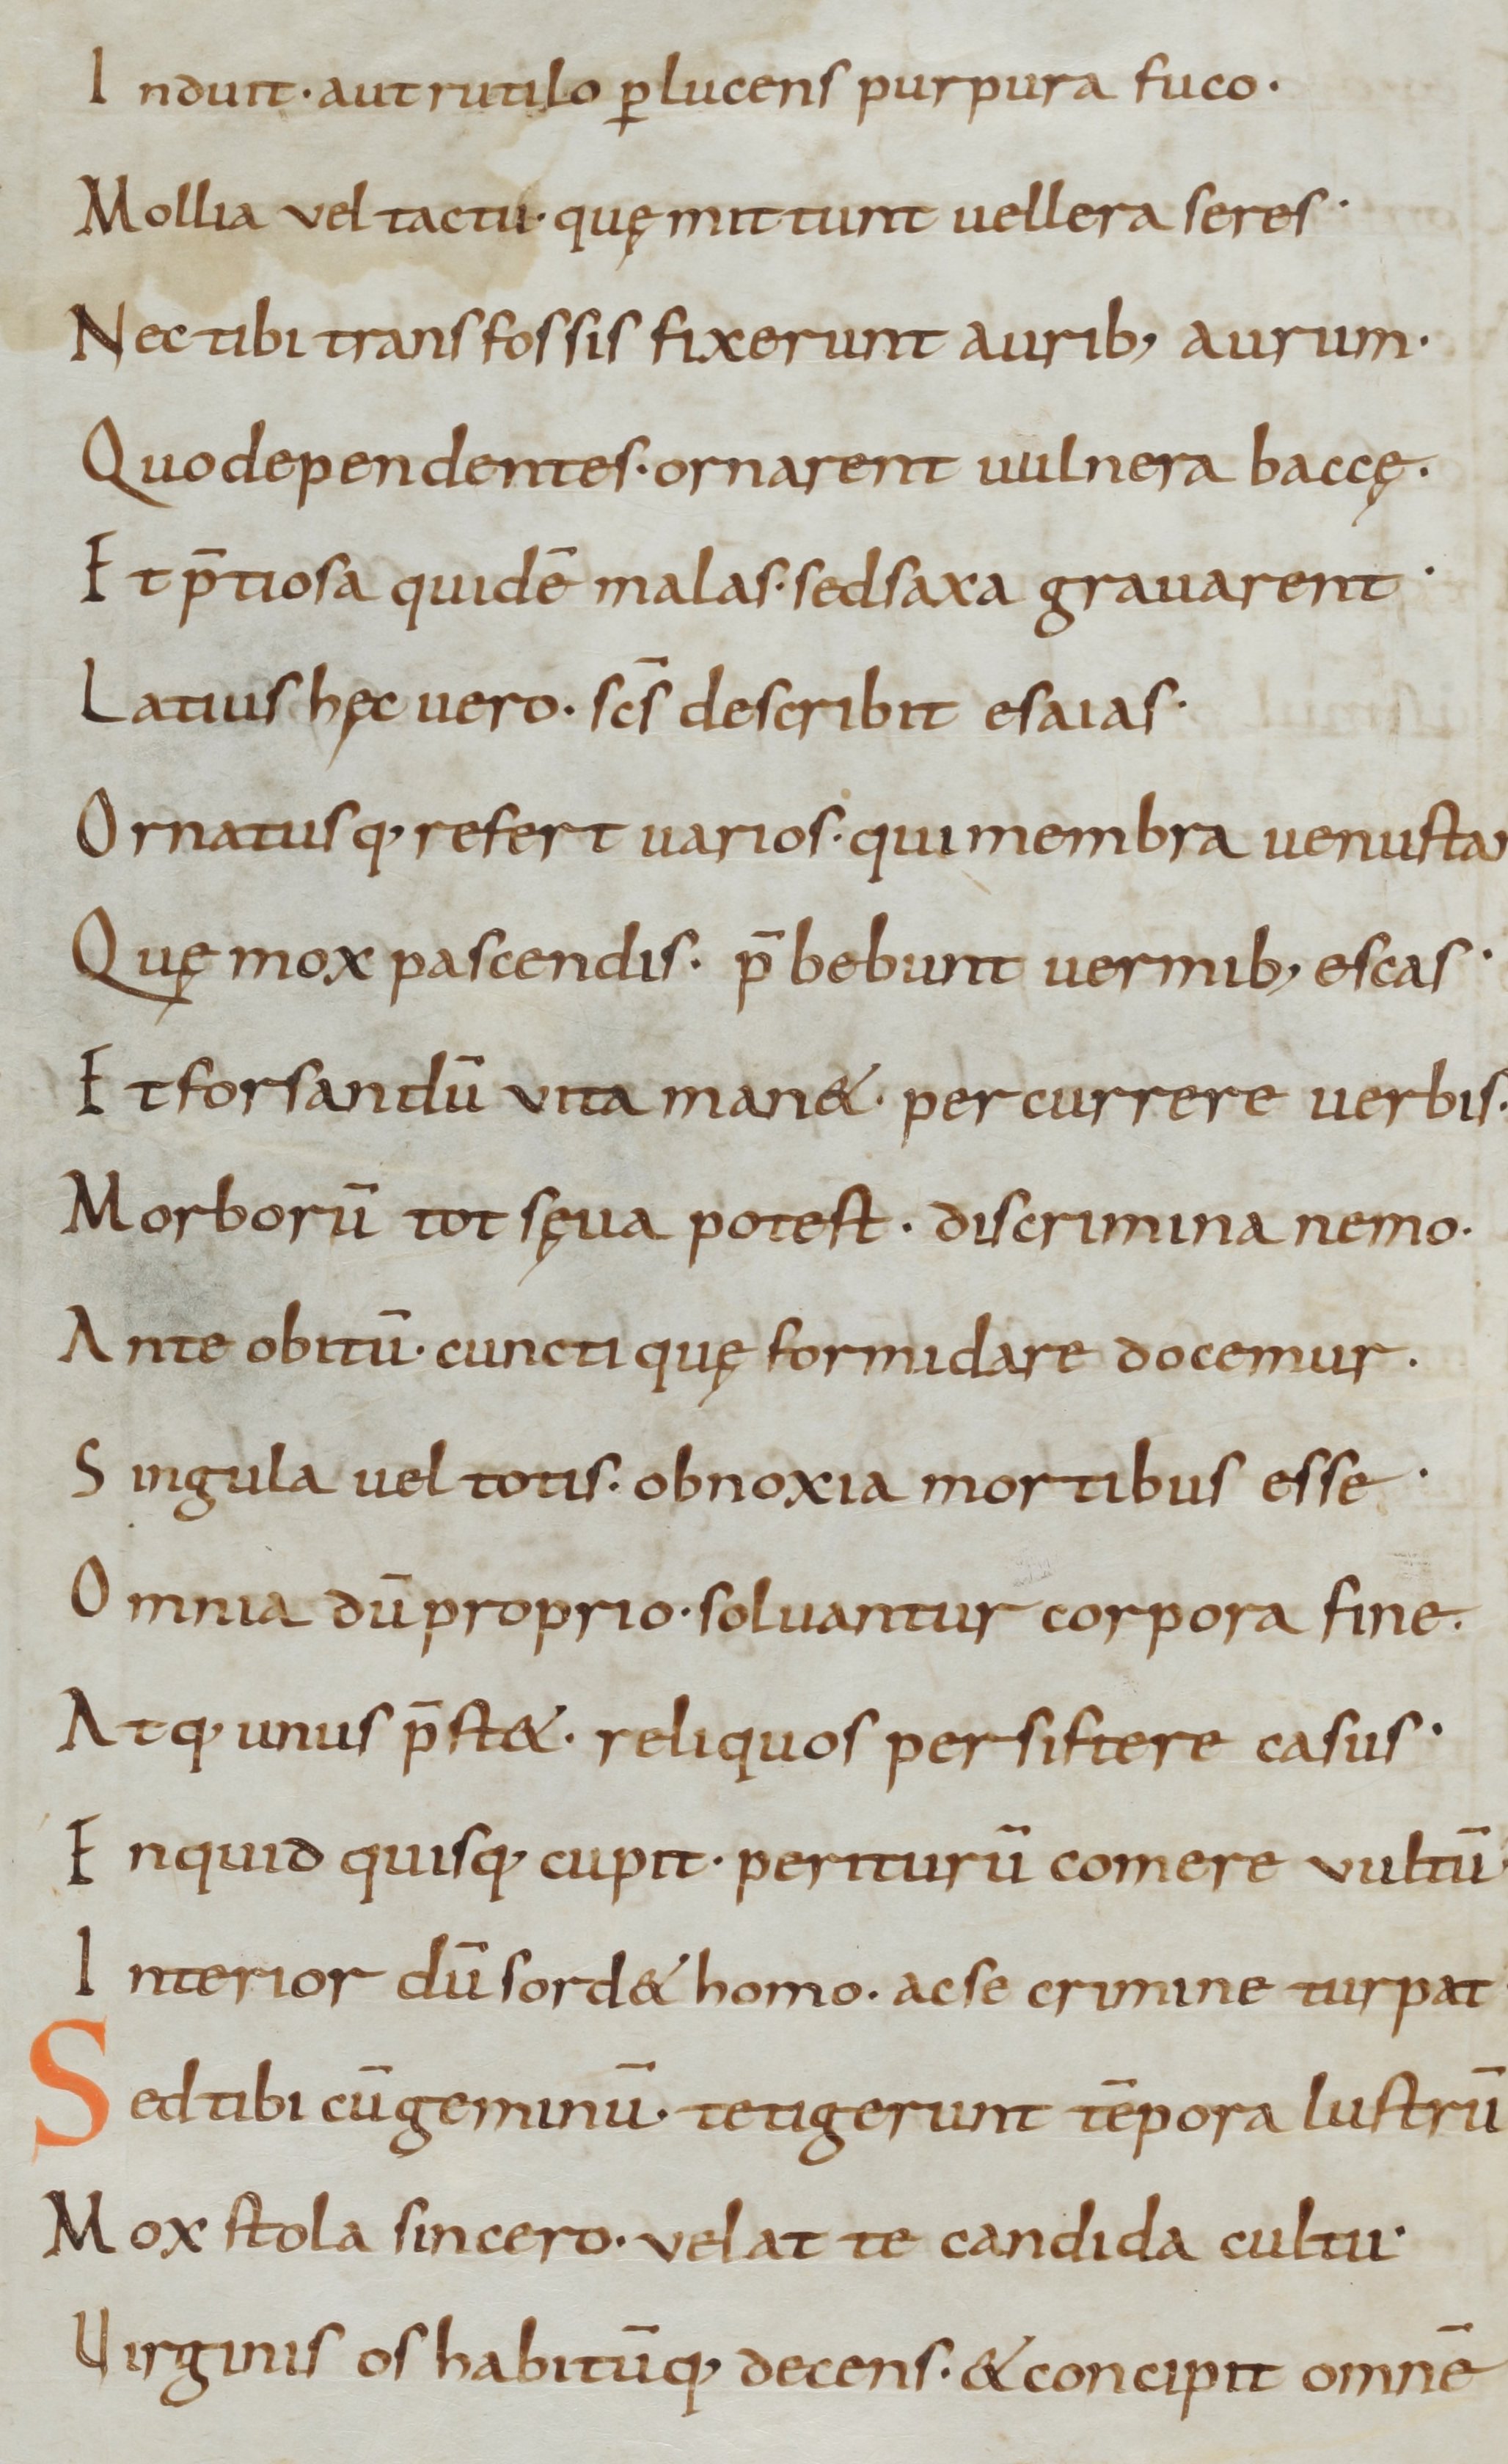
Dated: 800–999